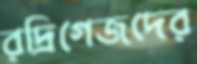
রদ্রিগেজদের